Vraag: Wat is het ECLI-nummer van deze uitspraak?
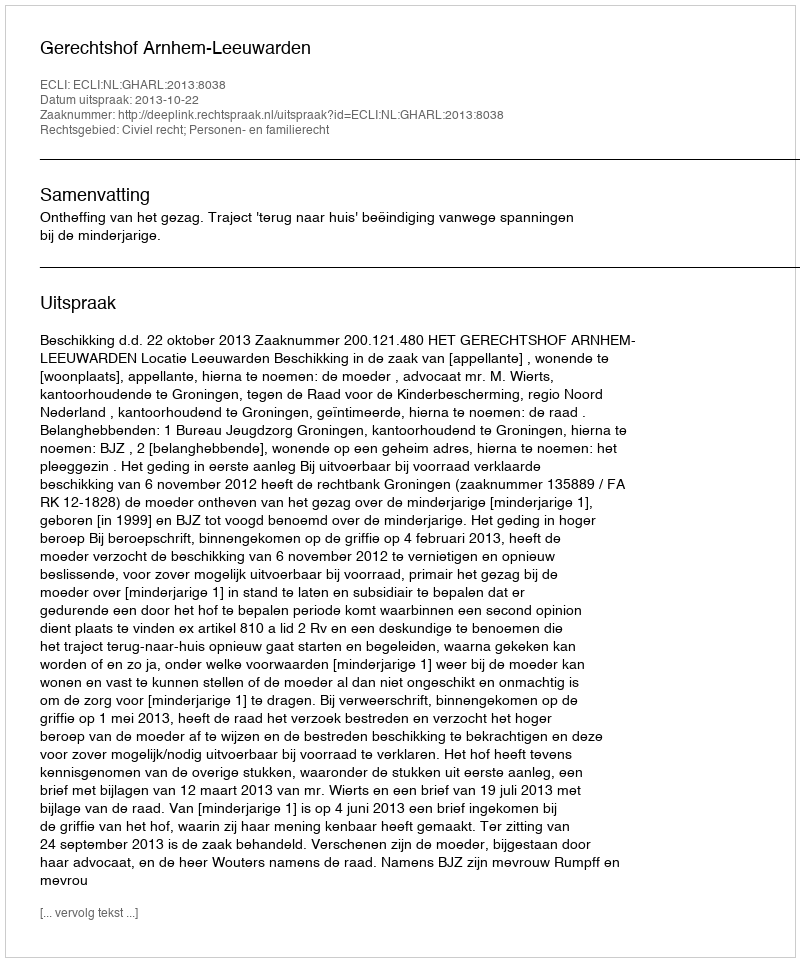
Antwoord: ECLI:NL:GHARL:2013:8038